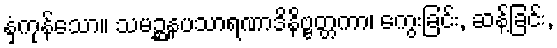
နှံ့ကုန်သော။ သမဉ္ဆနပသာရဏာဒိနိဗ္ဗတ္တကာ၊ ကွေးခြင်း, ဆန့်ခြင်း,